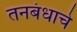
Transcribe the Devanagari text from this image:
तनबंधाचे